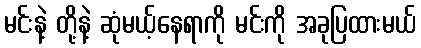
မင်းနဲ့ တို့နဲ့ ဆုံမယ့်နေရာကို မင်းကို အခုပြထားမယ်